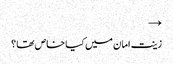
→
زینت امان میں کیا خاص تھا ؟